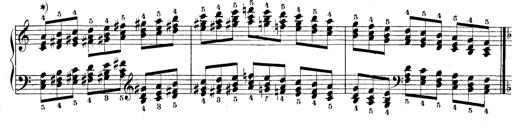
Title: Technische Studien
Composer: Franz Liszt